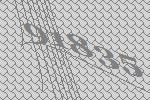
91835